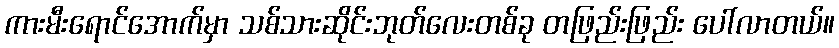
ကားမီးရောင်အောက်မှာ သစ်သားဆိုင်းဘုတ်လေးတစ်ခု တဖြည်းဖြည်း ပေါ်လာတယ်။